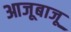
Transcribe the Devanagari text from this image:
आजूबाजू